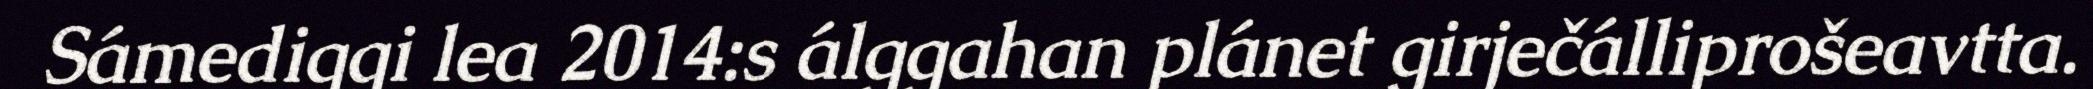
Sámediggi lea 2014:s álggahan plánet girječálliprošeavtta.